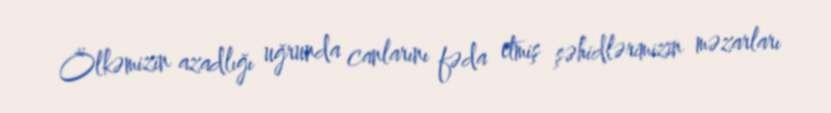
Ölkəmizin azadlığı uğrunda canlarını fəda etmiş şəhidlərimizin məzarları